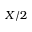
X / 2